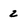
Character: 2